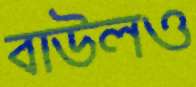
বাউলও